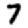
Digit: 7